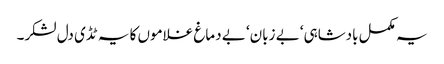
یہ مکمل بادشاہی‘ بے زبان‘ بے دماغ غلاموں کا یہ ٹڈی دل لشکر۔